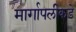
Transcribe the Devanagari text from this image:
मार्गापलीकडे